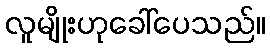
လူမျိုးဟုခေါ်ပေသည်။